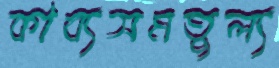
কাব্যসমতুল্য